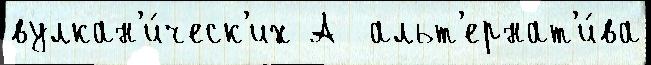
вулкан'и́ческ'их А  альт'ернат'и́ва